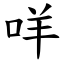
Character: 咩